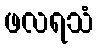
ဖလရသံ